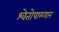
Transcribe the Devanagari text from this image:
श्वेतोपाख्यान